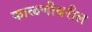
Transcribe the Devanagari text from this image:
फाळणीवरील